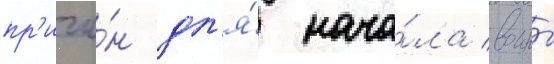
пр'ичи́н дл'я́ нача́ла воины